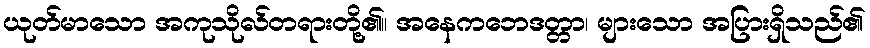
ယုတ်မာသော အကုသိုလ်တရားတို့၏။ အနေကဘေဒတ္တာ၊ များသော အပြားရှိသည်၏